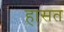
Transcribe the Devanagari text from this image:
हासत